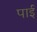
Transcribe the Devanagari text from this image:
पार्इ